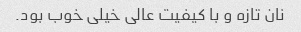
نان تازه و با کیفیت عالی خیلی خوب بود.